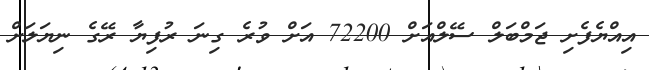
އިއްޔެފެށި ޖަމްބަލް ސޭލްއަށް 72200 އަށް ވުރެ ގިނަ ރުފިޔާ ރޭގެ ނިޔަލަށް